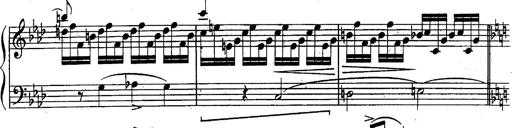
Title: Schubert's Impromptus [revised and edited by Franz Liszt]
Composer: Franz Liszt